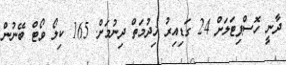
ދާނީ ހޮސްޕިޓަލަށް 24 ގަޑިއިރު ޚިދުމަތް ދިނުމަށް. 165 ކިލޯ ވޯޓް ބޭނުން